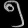
Digit: ၅